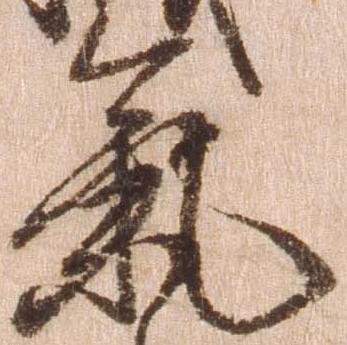
気